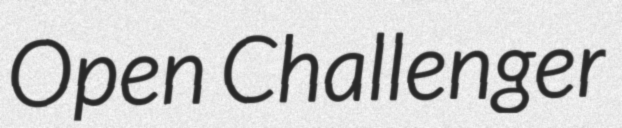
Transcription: Open Challenger